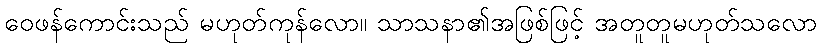
ဝေဖန်ကောင်းသည် မဟုတ်ကုန်လော။ သာသနာ၏အဖြစ်ဖြင့် အတူတူမဟုတ်သလော